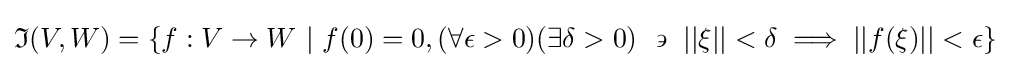
{\mathfrak {I}}(V,W)=\{f:V\to W\ |\ f(0)=0,(\forall \epsilon >0)(\exists \delta >0)\ \backepsilon \ ||\xi ||<\delta \implies ||f(\xi )||<\epsilon \}